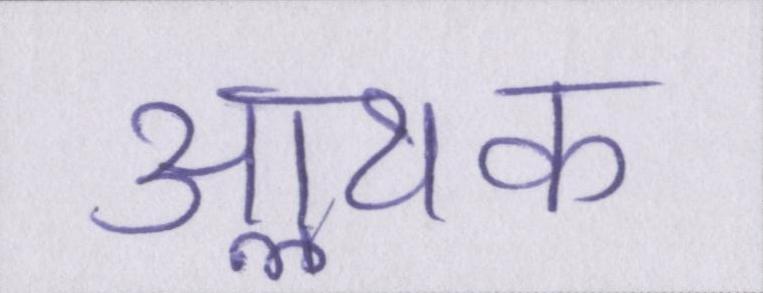
आॢथक